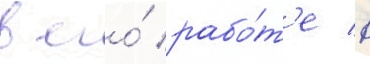
в его́ рабо́т'е в